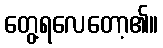
တွေ့ရလေတော့၏။